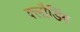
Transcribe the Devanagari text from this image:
क्लौडिंग